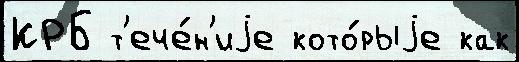
КРБ т'ече́н'иjе кото́рыjе как